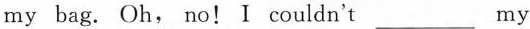
my bag.Oh，no！I couldn't___my